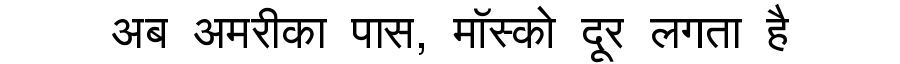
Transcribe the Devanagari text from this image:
अब अमरीका पास, मॉस्को दूर लगता है